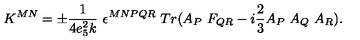
K ^ { M N } = \pm \frac { 1 } { 4 e _ { 5 } ^ { 2 } k } \ \epsilon ^ { M N P Q R } \ T r ( A _ { P } \ F _ { Q R } - i \frac { 2 } { 3 } A _ { P } \ A _ { Q } \ A _ { R } ) .